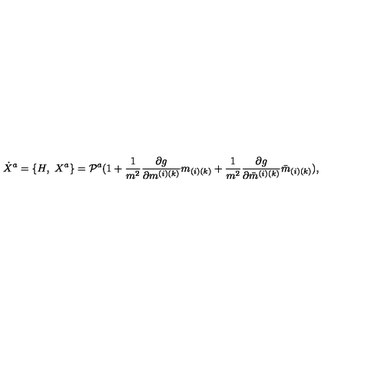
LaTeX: { \dot { X } } ^ { a } = \{ H , \ X ^ { a } \} = { \cal P } ^ { a } ( 1 + { \frac { 1 } { m ^ { 2 } } } { \frac { \partial g } { \partial m ^ { ( i ) ( k ) } } } m _ { ( i ) ( k ) } + { \frac { 1 } { m ^ { 2 } } } { \frac { \partial g } { \partial { \bar { m } } ^ { ( i ) ( k ) } } } { \bar { m } } _ { ( i ) ( k ) } ) ,